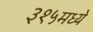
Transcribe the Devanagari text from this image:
३१५मध्ये